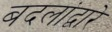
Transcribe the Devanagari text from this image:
बदलांद्वारे